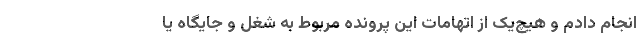
انجام دادم و هیچ‌یک از اتهامات این پرونده مربوط به شغل و جایگاه یا